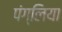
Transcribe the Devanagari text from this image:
पंग्लिया